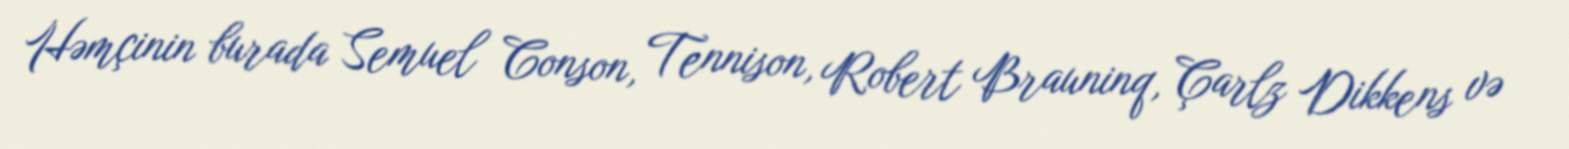
Həmçinin burada Semuel Conson, Tennison, Robert Brauninq, Çarlz Dikkens və